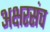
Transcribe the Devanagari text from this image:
अक्षरसंच